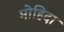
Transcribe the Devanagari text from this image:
मोहिदा